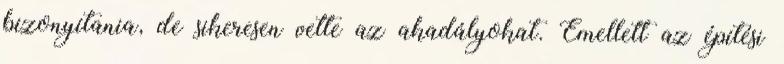
bizonyítania, de sikeresen vette az akadályokat. Emellett az építési